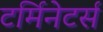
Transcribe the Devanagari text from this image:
टर्मिनेटर्स